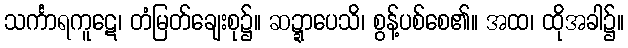
သင်္ကာရကူဋေ၊ တံမြတ်ချေးစု၌။ ဆဍ္ဍာပေသိ၊ စွန့်ပစ်စေ၏။ အထ၊ ထိုအခါ၌။